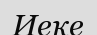
Иеке